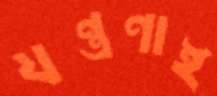
যন্ত্রণাই